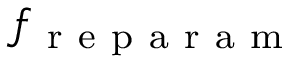
f _ { \mathrm { ~ r ~ e ~ p ~ a ~ r ~ a ~ m ~ } }